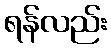
ရန်လည်း